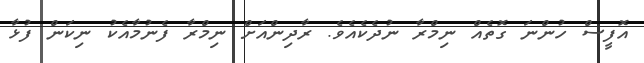
އޮފީސް ހުންނަ ގޮތެއް ނިމްރާ ނުދެކެއެވެ. ރާދިންއަށް ނިމްރާ ފެނުމާއެކު ނިކަން ފުޅާ